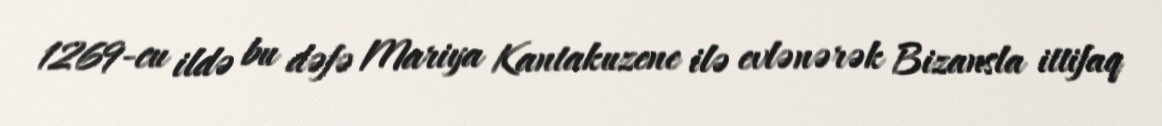
1269-cu ildə bu dəfə Mariya Kantakuzene ilə evlənərək Bizansla ittifaq